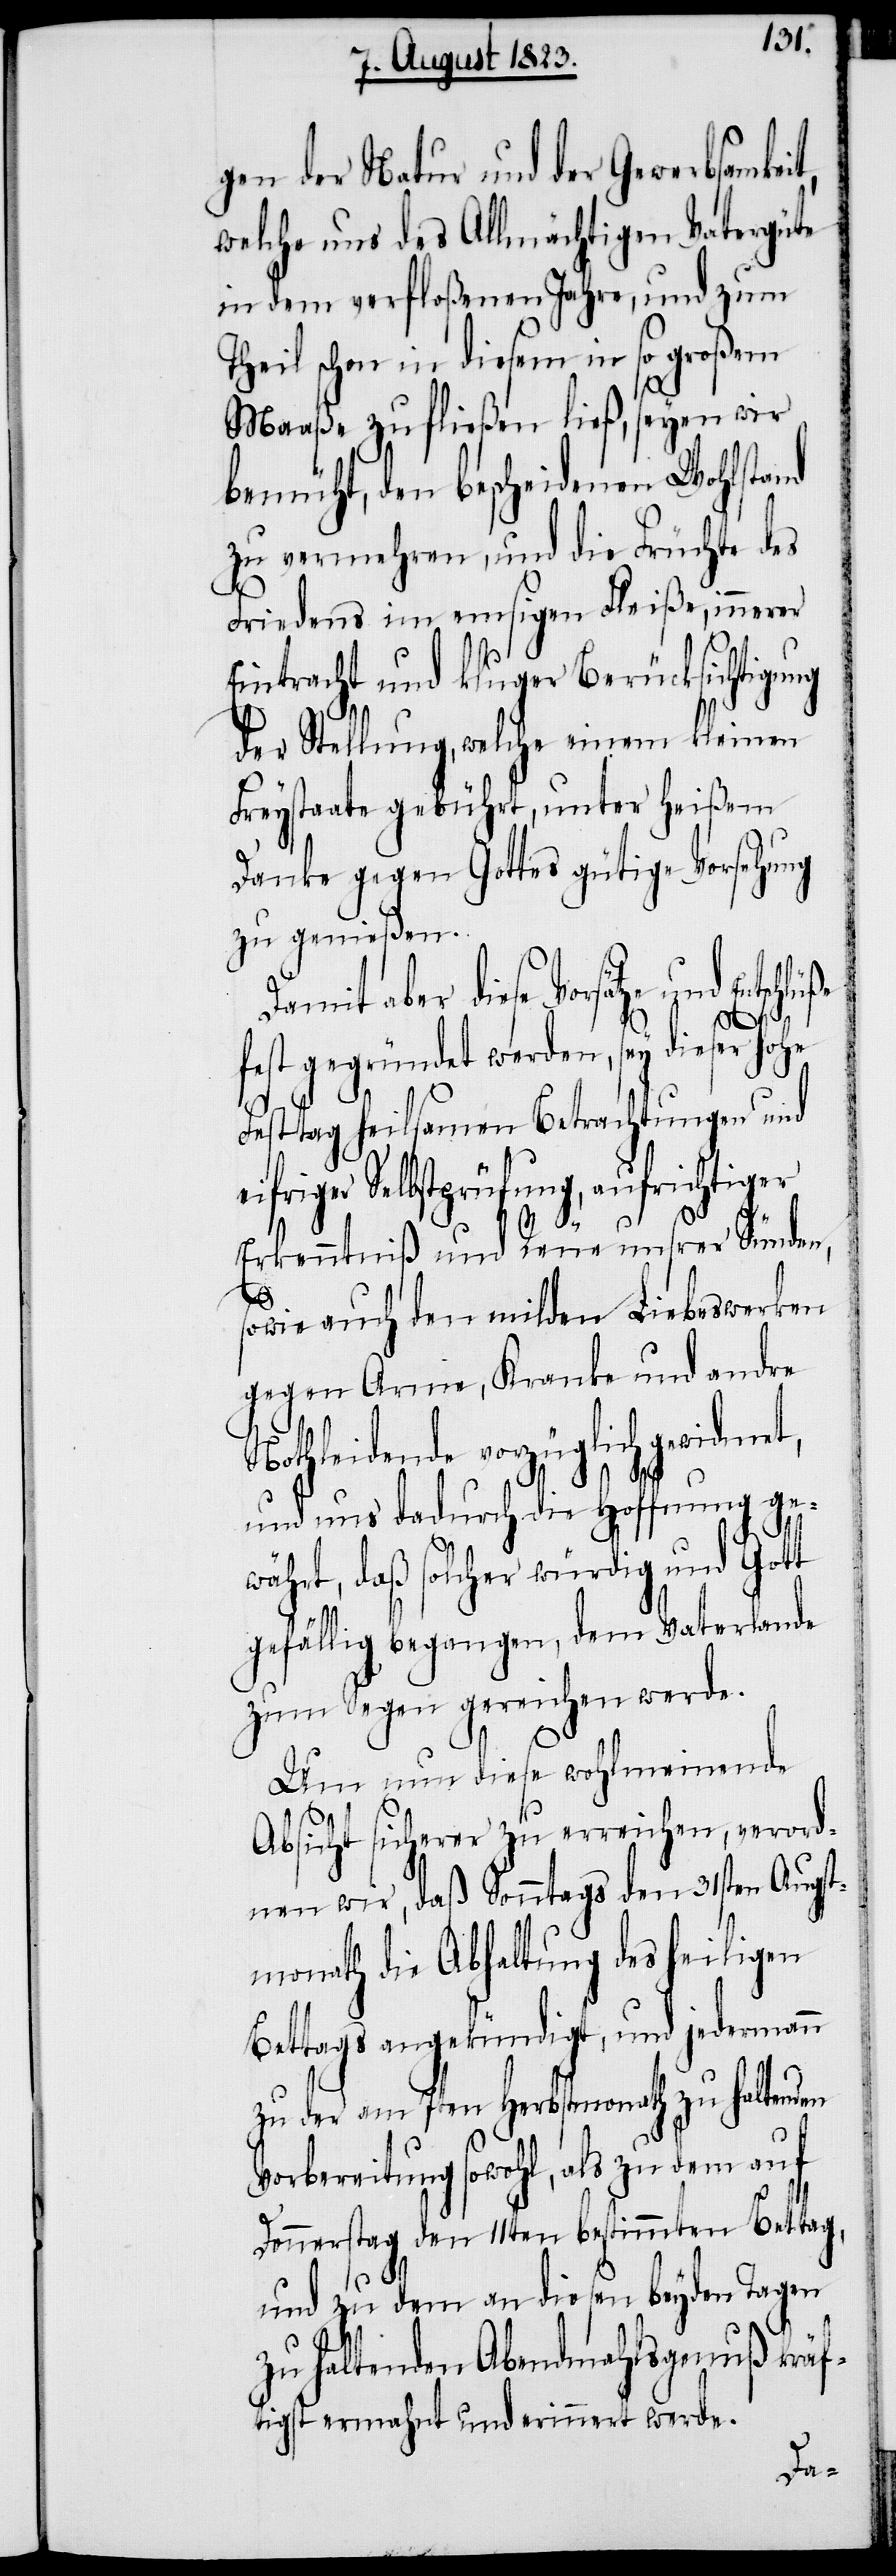
gen der Natur und der Gewerbsamkeit,
welche uns des Allmächtigen Vatergüte
in dem verfloßenen Jahre, und zum
Theil schon in diesem in so großem
Maaße zufließen ließ, seyen wir
bemüht, den bescheidenen Wohlstand
zu vermehren, und die Früchte des
Friedens im emsigen Fleiße, innerer
Eintracht und kluger Berücksichtigung
der Stellung, welche einem kleinen
Freystaate gebührt, unter heißem
Danke gegen Gottes gütige Vorsehung
zu genießen.
Damit aber diese Vorsätze
fest gegründet werden, sey dieser hohe
Festtag heilsamen Betrachtungen und
eifriger Selbstprüfung, aufrichtiger
t,
Erkenntniß und Reue unsrer Sünden,
sowie auch den milden Liebeswerken
gegen Arme, Kranke und andre
Nothleidende vorzüglich gewidme¬
und uns dadurch die Hoffnung ge¬
und
währt, daß solcher würdig und Gott
gefällig begangen, dem Vaterlande
zum Segen gereichen werde.
Um nun diese wohlmeinende
Absicht sicherer zu erreichen, verord¬
nen wir, daß Sonntags den 31sten Augst¬
monath die Abhaltung des heiligen
Bettags angekündigt, und jedermann
zu der am 7ten Herbstmonath zu haltenden
Vorbereitung sowohl, als zu dem auf
Donnerstag den 11ten bestimmten Bettag,
und zu dem an diesen beyden Tagen
zu haltenden Abendmahlsgenuß kräf¬
tigst ermahnt und erinnert werde.